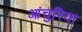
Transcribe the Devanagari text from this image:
आंचुरिया